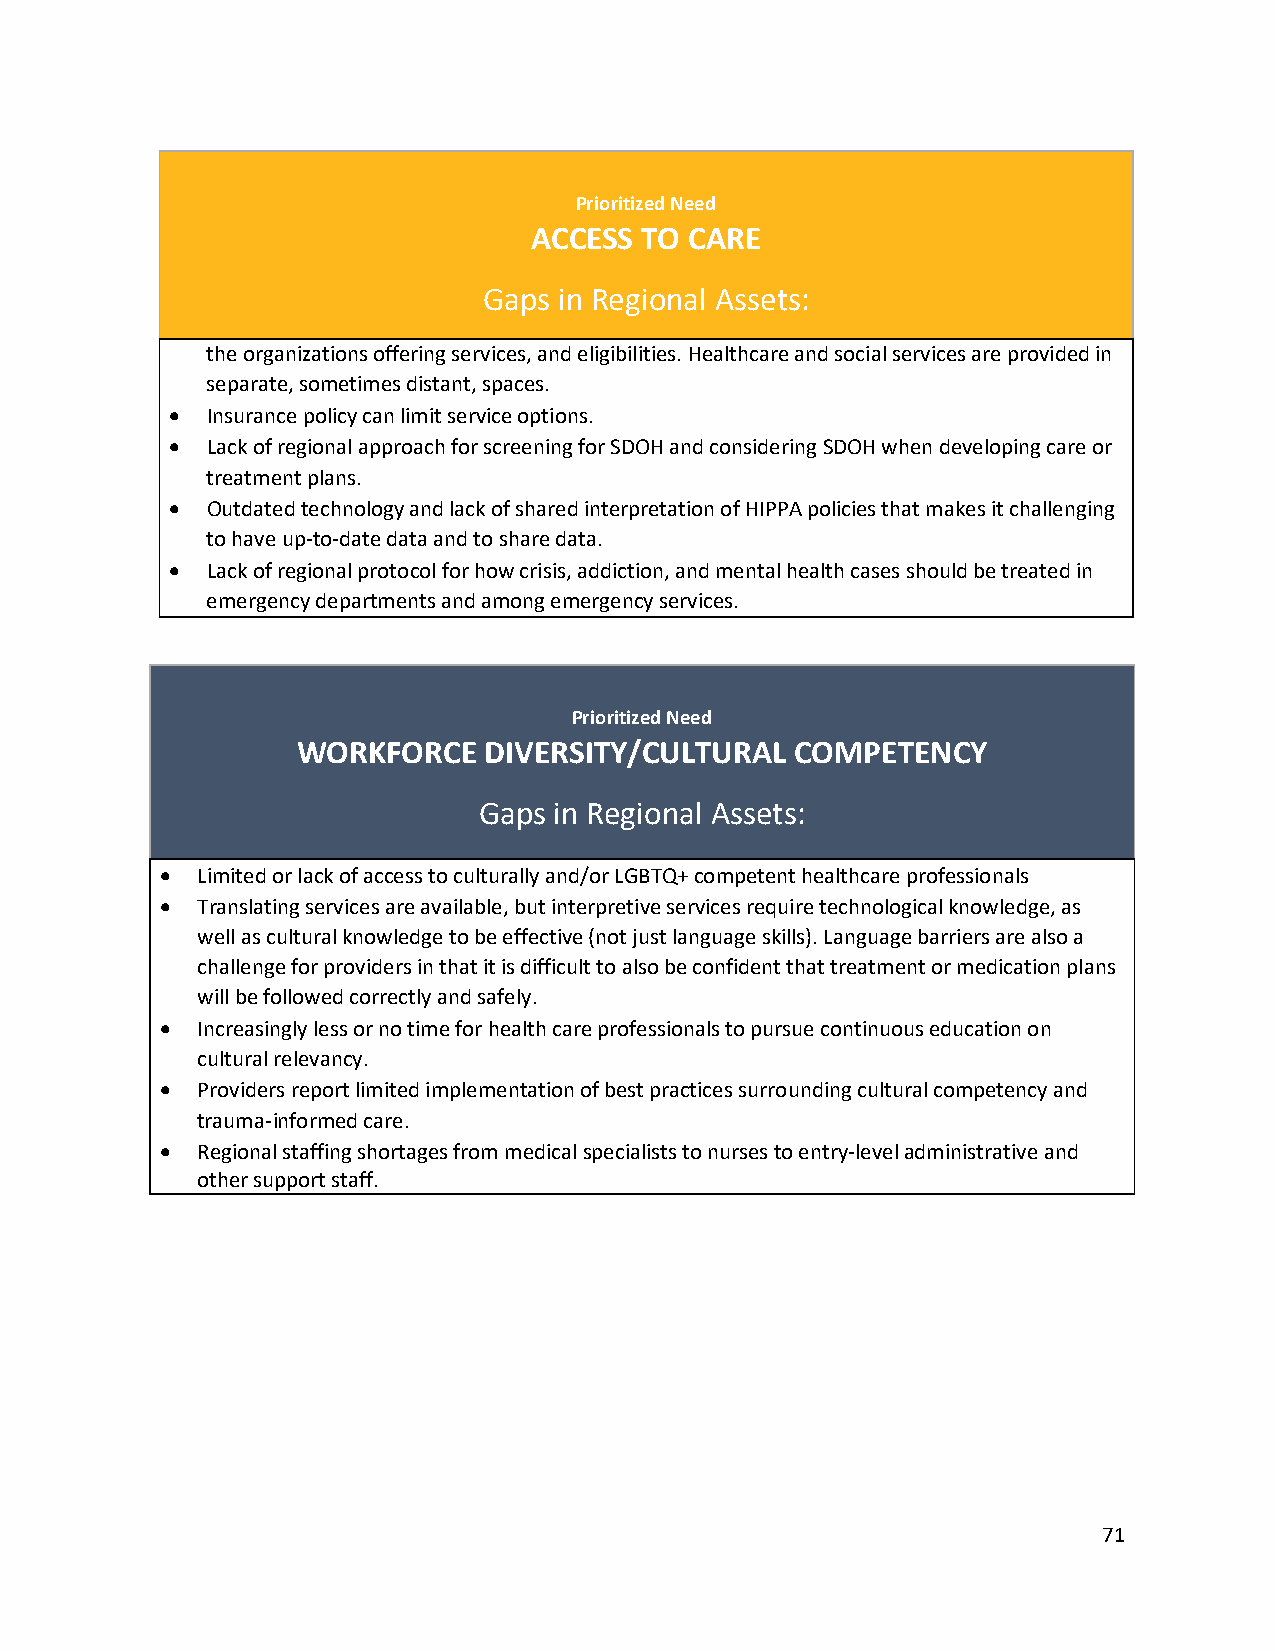
Prioritized Need
 ACCESS TO  CARE
 Gaps in Regional Assets:
 the organizations offering services, and eligibilities. Healthcare and social services are provided in
 separate, sometimes distant, spaces.
 •  Insurance policy can limit service options.
 •  Lack of regional approach for screening for SDOH and considering SDOH when developing care or
 treatment plans.
 •  Outdated technology and lack of shared interpretation of HIPPA policies that makes it challenging
 to have up-to-date data and to share data.
 •  Lack of regional protocol for how crisis, addiction, and mental health cases should be treated in
 emergency departments and among emergency services.
 Prioritized Need
 WORKFORCE   DIVERSITY/CULTURAL   COMPETENCY
 Gaps in Regional Assets:
 • Limited or lack of access to culturally and/or LGBTQ+ competent healthcare professionals
 • Translating services are available, but interpretive services require technological knowledge, as
 well as cultural knowledge to be effective (not just language skills). Language barriers are also a
 challenge for providers in that it is difficult to also be confident that treatment or medication plans
 will be followed correctly and safely.
 • Increasingly less or no time for health care professionals to pursue continuous education on
 cultural relevancy.
 • Providers report limited implementation of best practices surrounding cultural competency and
 trauma-informed care.
 • Regional staffing shortages from medical specialists to nurses to entry-level administrative and
 other support staff.
 71